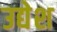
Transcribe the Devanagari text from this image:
उद्येश